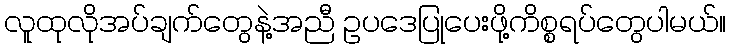
လူထုလိုအပ်ချက်တွေနဲ့အညီ ဥပဒေပြုပေးဖို့ကိစ္စရပ်တွေပါမယ်။